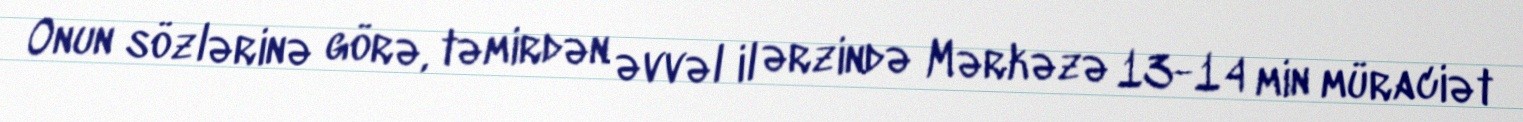
Onun sözlərinə görə, təmirdən əvvəl il ərzində Mərkəzə 13-14 min müraciət